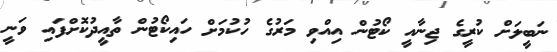
ނަބީލަށް ކުރީގެ ޖިނާއީ ކޯޓުން އިއްވި މަރުގެ ހުކުމަށް ހައިކޯޓުން ތާއީދުކޮށްފައި ވަނީ